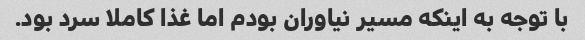
با توجه به اینکه مسیر نیاوران بودم اما غذا کاملا سرد بود.